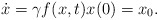
\begin{align*}\dot{x} = \gamma f(x,t)x(0) = x_0.\end{align*}